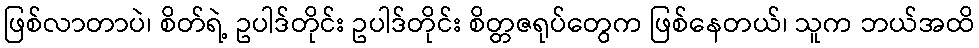
ဖြစ်လာတာပဲ၊ စိတ်ရဲ့ ဥပါဒ်တိုင်း ဥပါဒ်တိုင်း စိတ္တဇရုပ်တွေက ဖြစ်နေတယ်၊ သူက ဘယ်အထိ